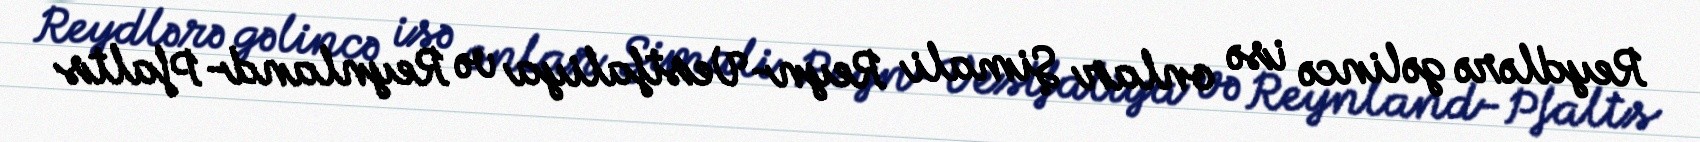
Reydlərə gəlincə isə onlar Şimali Reyn-Vestfaliya və Reynland-Pfalts